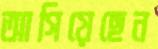
আগিয়েছেন